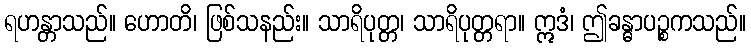
ရဟန္တာသည်။ ဟောတိ၊ ဖြစ်သနည်း။ သာရိပုတ္တ၊ သာရိပုတ္တရာ။ ဣဒံ၊ ဤခန္ဓာပဉ္စကသည်။